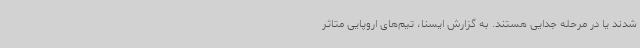
شدند یا در مرحله جدایی هستند. به گزارش ایسنا، تیم‌های اروپایی متاثر